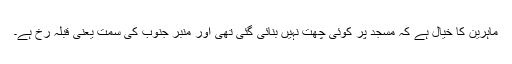
ماہرین کا خیال ہے کہ مسجد پر کوئی چھت نہیں بنائی گئی تھی اور منبر جنوب کی سمت یعنی قبلہ رخ ہے۔